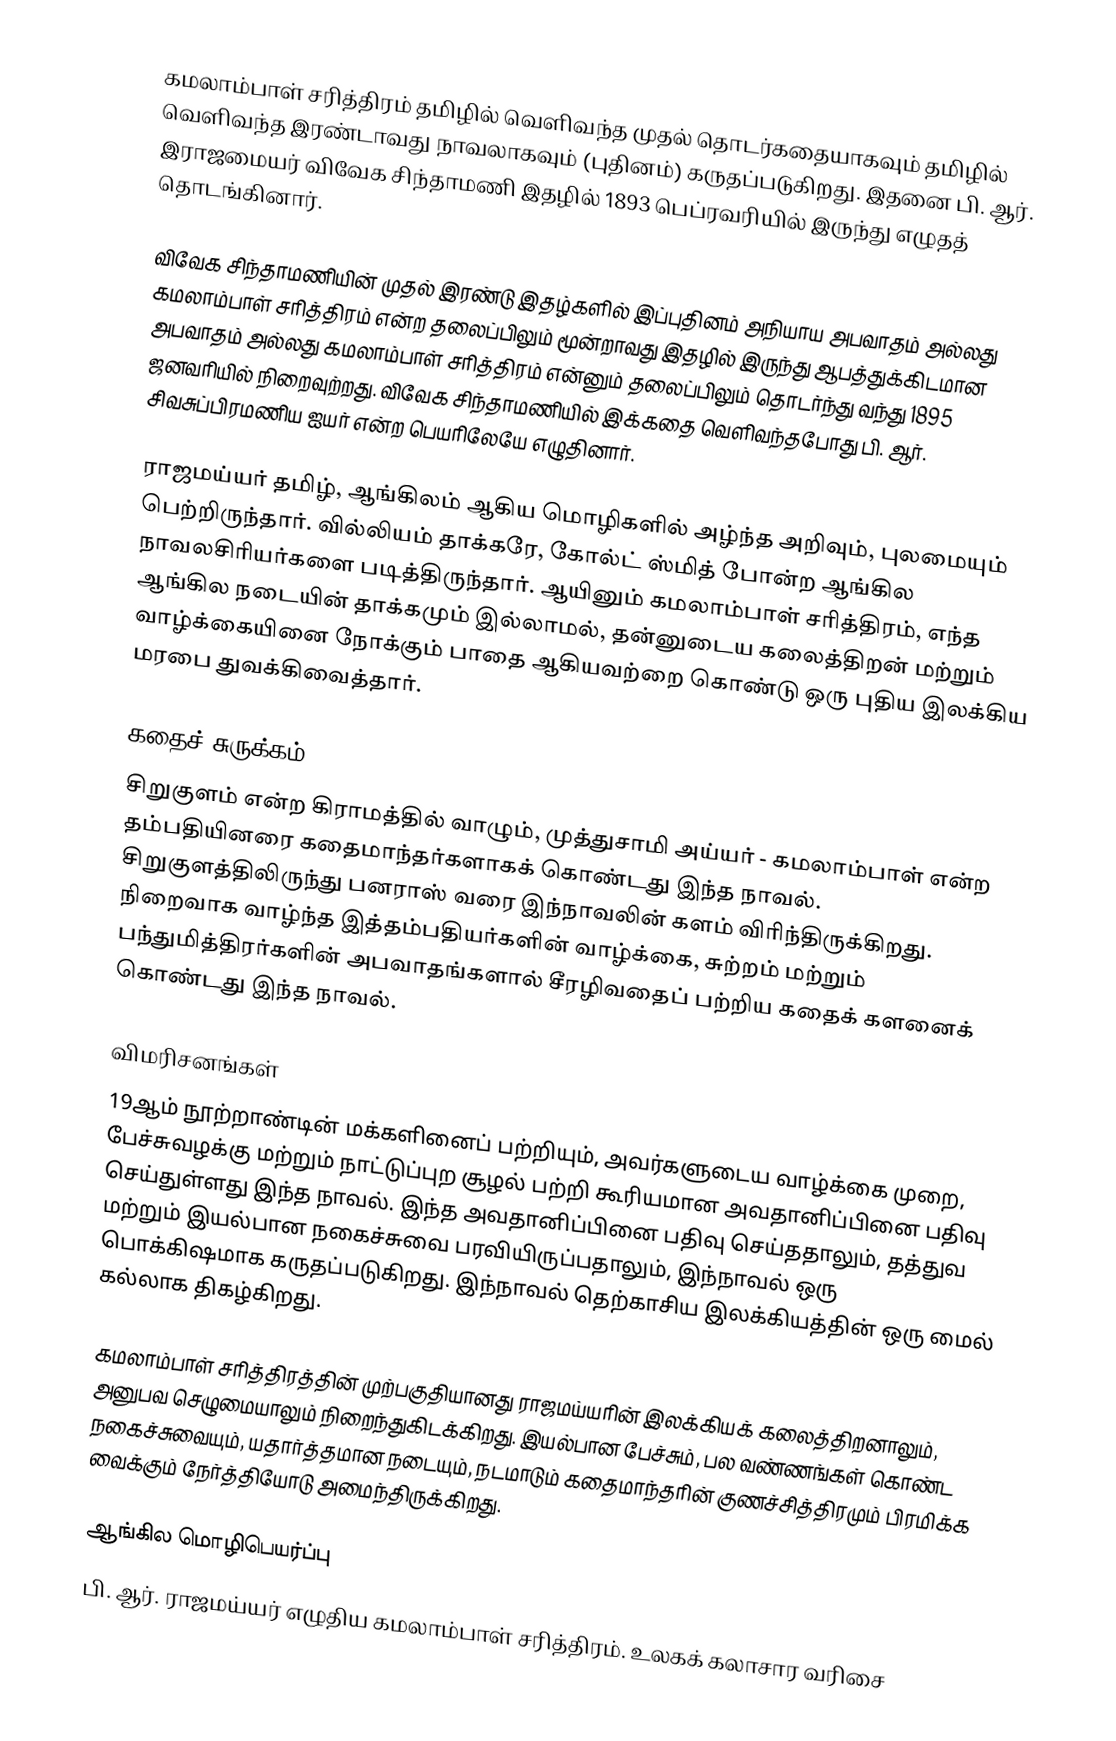
கமலாம்பாள் சரித்திரம் தமிழில் வெளிவந்த முதல் தொடர்கதையாகவும் தமிழில் வெளிவந்த இரண்டாவது நாவலாகவும் (புதினம்) கருதப்படுகிறது. இதனை பி. ஆர். இராஜமையர்  விவேக சிந்தாமணி இதழில் 1893 பெப்ரவரியில் இருந்து எழுதத் தொடங்கினார்.

விவேக சிந்தாமணியின் முதல் இரண்டு இதழ்களில் இப்புதினம் அநியாய அபவாதம் அல்லது கமலாம்பாள் சரித்திரம் என்ற தலைப்பிலும் மூன்றாவது இதழில் இருந்து ஆபத்துக்கிடமான அபவாதம் அல்லது கமலாம்பாள் சரித்திரம் என்னும் தலைப்பிலும் தொடர்ந்து வந்து 1895 ஜனவரியில் நிறைவுற்றது. விவேக சிந்தாமணியில் இக்கதை வெளிவந்தபோது பி. ஆர். சிவசுப்பிரமணிய ஐயர் என்ற பெயரிலேயே எழுதினார்.

ராஜமய்யர் தமிழ், ஆங்கிலம் ஆகிய மொழிகளில் அழ்ந்த அறிவும், புலமையும் பெற்றிருந்தார். வில்லியம் தாக்கரே, கோல்ட் ஸ்மித் போன்ற ஆங்கில நாவலசிரியர்களை படித்திருந்தார். ஆயினும் கமலாம்பாள் சரித்திரம், எந்த ஆங்கில நடையின் தாக்கமும் இல்லாமல், தன்னுடைய கலைத்திறன் மற்றும் வாழ்க்கையினை நோக்கும் பாதை ஆகியவற்றை கொண்டு ஒரு புதிய இலக்கிய மரபை துவக்கிவைத்தார்.

கதைச் சுருக்கம்
சிறுகுளம் என்ற கிராமத்தில் வாழும், முத்துசாமி அய்யர் - கமலாம்பாள் என்ற தம்பதியினரை கதைமாந்தர்களாகக் கொண்டது இந்த நாவல். சிறுகுளத்திலிருந்து பனராஸ் வரை இந்நாவலின் களம் விரிந்திருக்கிறது. நிறைவாக வாழ்ந்த இத்தம்பதியர்களின் வாழ்க்கை, சுற்றம் மற்றும் பந்துமித்திரர்களின் அபவாதங்களால் சீரழிவதைப் பற்றிய கதைக் களனைக் கொண்டது இந்த நாவல்.

விமரிசனங்கள்
19ஆம் நூற்றாண்டின் மக்களினைப் பற்றியும், அவர்களுடைய வாழ்க்கை முறை, பேச்சுவழக்கு மற்றும் நாட்டுப்புற சூழல் பற்றி கூரியமான அவதானிப்பினை பதிவு செய்துள்ளது இந்த நாவல். இந்த அவதானிப்பினை பதிவு செய்ததாலும், தத்துவ மற்றும் இயல்பான நகைச்சுவை பரவியிருப்பதாலும், இந்நாவல் ஒரு பொக்கிஷமாக கருதப்படுகிறது. இந்நாவல் தெற்காசிய இலக்கியத்தின் ஒரு மைல் கல்லாக திகழ்கிறது.

கமலாம்பாள் சரித்திரத்தின் முற்பகுதியானது ராஜமய்யரின் இலக்கியக் கலைத்திறனாலும், அனுபவ செழுமையாலும் நிறைந்துகிடக்கிறது. இயல்பான பேச்சும், பல வண்ணங்கள் கொண்ட நகைச்சுவையும், யதார்த்தமான நடையும், நடமாடும் கதைமாந்தரின் குணச்சித்திரமும் பிரமிக்க வைக்கும் நேர்த்தியோடு அமைந்திருக்கிறது.

ஆங்கில மொழிபெயர்ப்பு
பி. ஆர். ராஜமய்யர் எழுதிய கமலாம்பாள் சரித்திரம். உலகக் கலாசார வரிசை